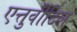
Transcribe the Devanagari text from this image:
एत्तुवीटिल